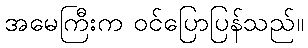
အမေကြီးက ဝင်ပြောပြန်သည်။